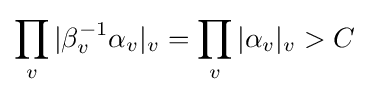
\prod _{v}|\beta _{v}^{-1}\alpha _{v}|_{v}=\prod _{v}|\alpha _{v}|_{v}>C